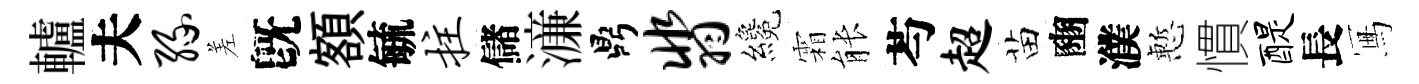
轤夫缘差旣額毓拄儲濓鼎翡纔霜䏻芍超苗豳濮慙慣醍長冩